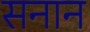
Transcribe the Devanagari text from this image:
सनान